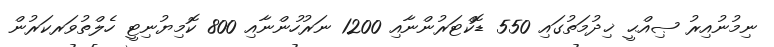
ނިމުނުއިރު ޞިއްޙީ ޚިދުމަތުގައި 550 ޑޮކްޓަރުންނާއި 1200 ނަރުހުންނާއި 800 ކޮމިޔުނިޓީ ހެލްތުވަރކަރުން